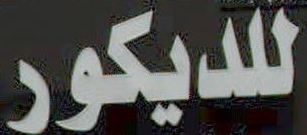
للديكور